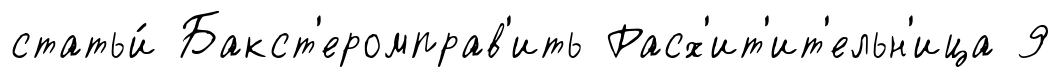
статьи́ Бакст'еромправ'ить Расх'ит'ит'ельн'ица 9